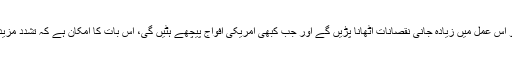
لیکن امریکا کو اس عمل میں زیادہ جانی نقصانات اٹھانا پڑیں گے اور جب کبھی امریکی افواج پیچھے ہٹیں گی، اس بات کا امکان ہے کہ تشدد مزید بڑھ جائے گا۔